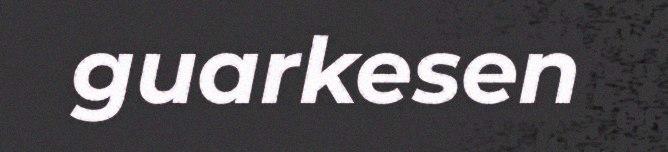
guarkesen